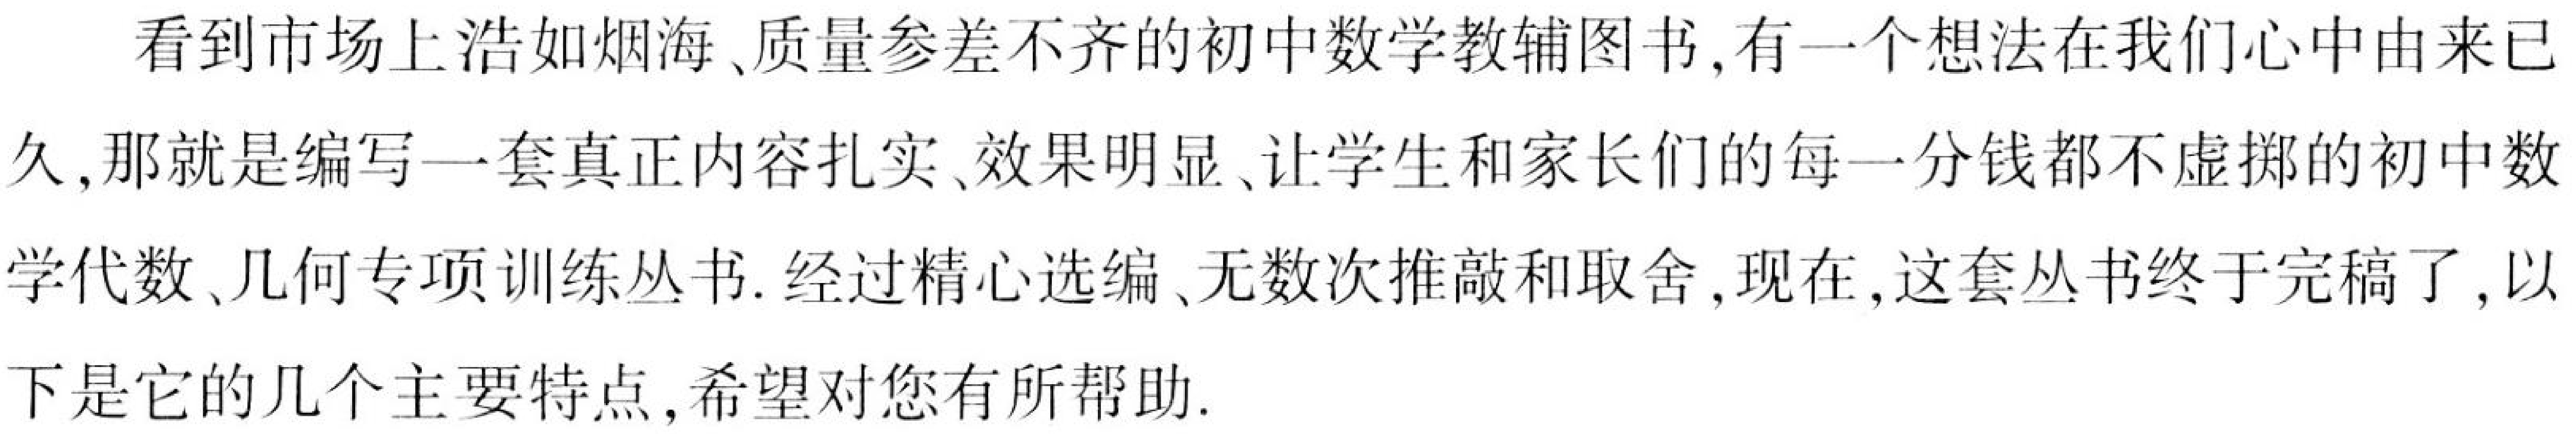
看到市场上浩如烟海、质量参差不齐的初中数学教辅图书, 有一个想法在我们心中由来已
久, 那就是编写一套真正内容扎实、效果明显、让学生和家长们的每一分钱都不虚掷的初中数
学代数、几何专项训练丛书. 经过精心选编、无数次推敲和取舍, 现在, 这套丛书终于完稿了, 以
下是它的几个主要特点, 希望对您有所帮助.